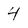
Character: 4